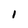
Character: I